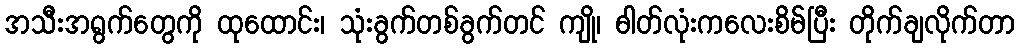
အသီးအရွက်တွေကို ထုထောင်း၊ သုံးခွက်တစ်ခွက်တင် ကျို၊ ဓါတ်လုံးကလေးစိမ်ပြီး တိုက်ချလိုက်တာ